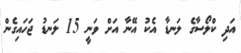
އަދި ކްލޯސާގެ ލަނޑާ އެކު އޭނާ އަށް ވަނީ 15 ލަނޑު ޖަހައިގެން